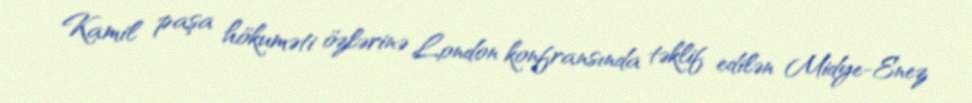
Kamil paşa hökuməti özlərinə London konfransında təklif edilən Midye-Enez